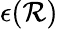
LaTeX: \epsilon(\mathcal{R})